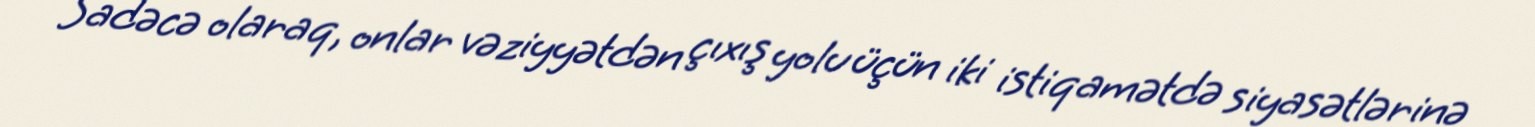
Sadəcə olaraq, onlar vəziyyətdən çıxış yolu üçün iki istiqamətdə siyasətlərinə